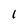
Character: 1